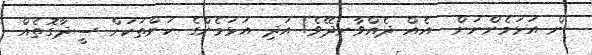
ން އަޅަމެންނަށް  އެއް ދެއްވާނދޭވެ! އަދި އަޅަމެންގެ ކަންތަކަށް ސީދާގޮތެއް